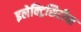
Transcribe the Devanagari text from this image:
इलेक्ट्रिसिटीचा